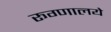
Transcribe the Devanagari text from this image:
रूग्णालये